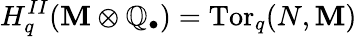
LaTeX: H_{q}^{II}(\mathbf{M}\otimes\mathbb{Q}_{\bullet})=\operatorname{Tor}_{q}(N,\mathbf{M})